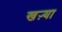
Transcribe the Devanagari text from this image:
खऱ्या